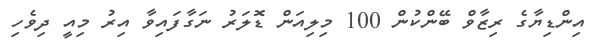
އިންޑިޔާގެ ރިޒާވް ބޭންކުން 100 މިލިއަން ޑޮލަރު ނަގާފައިވާ އިރު މިއީ ދިވެހި